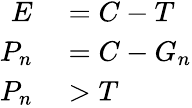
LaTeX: \begin{array}{rl}{E}&{{}{}=C-T}\\ {P_{n}}&{{}{}=C-G_{n}}\\ {P_{n}}&{{}{}>T}\end{array}